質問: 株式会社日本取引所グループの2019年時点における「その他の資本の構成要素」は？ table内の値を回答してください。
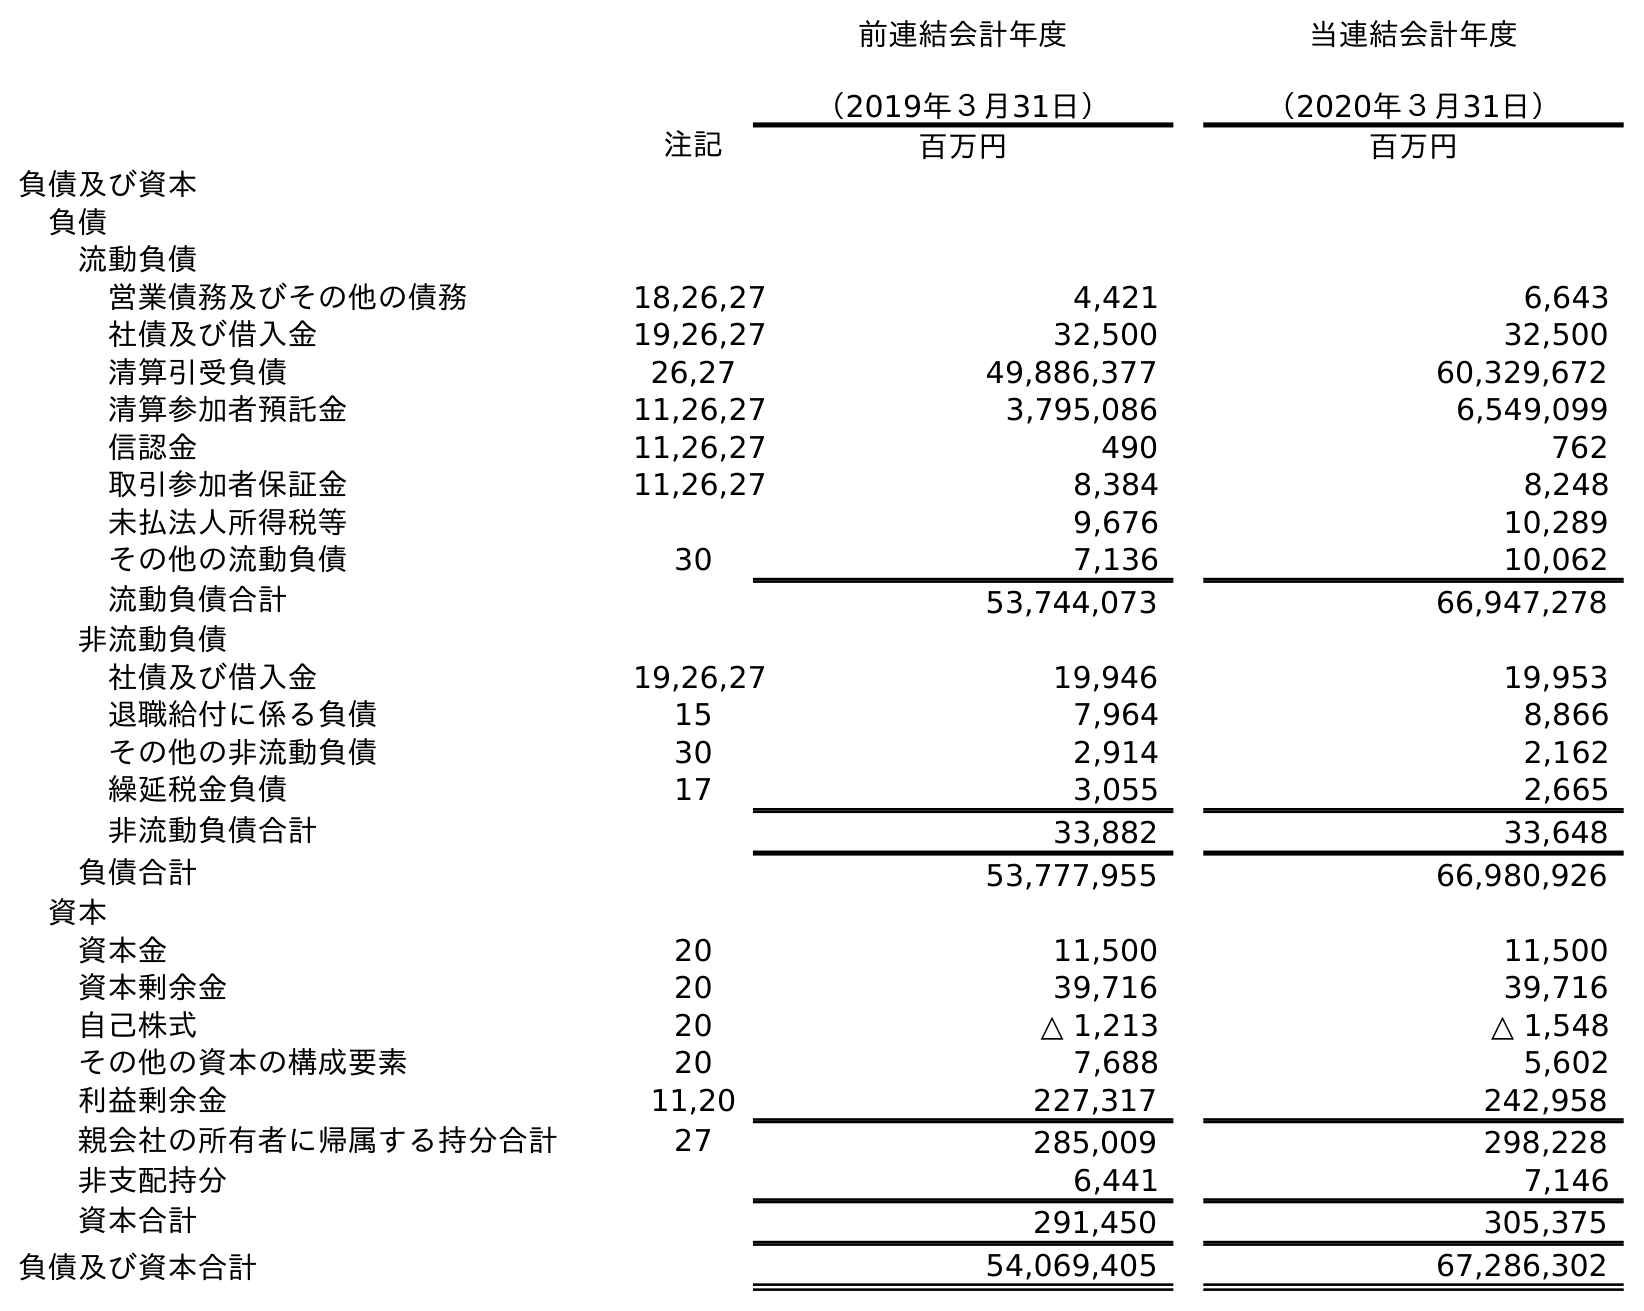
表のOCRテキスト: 前連結会計年度 （2019年３月31日） 当連結会計年度 （2020年３月31日） 注記 百万円 百万円 負債及び資本 負債 流動負債 営業債務及びその他の債務 18,26,27 4,421 6,643 社債及び借入金 19,26,27 32,500 32,500 清算引受負債 26,27 49,886,377 60,329,672 清算参加者預託金 11,26,27 3,795,086 6,549,099 信認金 11,26,27 490 762 取引参加者保証金 11,26,27 8,384 8,248 未払法人所得税等 9,676 10,289 その他の流動負債 30 7,136 10,062 流動負債合計 53,744,073 66,947,278 非流動負債 社債及び借入金 19,26,27 19,946 19,953 退職給付に係る負債 15 7,964 8,866 その他の非流動負債 30 2,914 2,162 繰延税金負債 17 3,055 2,665 非流動負債合計 33,882 33,648 負債合計 53,777,955 66,980,926 資本 資本金 20 11,500 11,500 資本剰余金 20 39,716 39,716 自己株式 20 △ 1,213 △ 1,548 その他の資本の構成要素 20 7,688 5,602 利益剰余金 11,20 227,317 242,958 親会社の所有者に帰属する持分合計 27 285,009 298,228 非支配持分 6,441 7,146 資本合計 291,450 305,375 負債及び資本合計 54,069,405 67,286,302
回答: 7,688